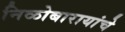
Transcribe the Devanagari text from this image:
निळोबारायांचे